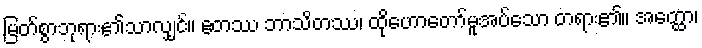
မြတ်စွာဘုရား၏သာလျှင်။ ဧတဿ ဘာသိတဿ၊ ထိုဟောတော်မူအပ်သော တရား၏။ အတ္ထော၊